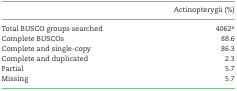
|  | Actinopterygii (%) |
 | --- | --- |
 | Total BUSCO groups searched | 4062a |
 | Complete BUSCOs | 88.6 |
 | Complete and single-copy | 86.3 |
 | Complete and duplicated | 2.3 |
 | Partial | 5.7 |
 | Missing | 5.7 |